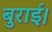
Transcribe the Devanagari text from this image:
बुराई।